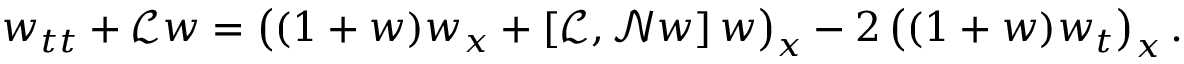
w _ { t t } + \mathscr { L } w = \left( ( 1 + w ) w _ { x } + \left[ \mathscr { L } , \mathscr { N } w \right] w \right) _ { x } - 2 \left( ( 1 + w ) w _ { t } \right) _ { x } .